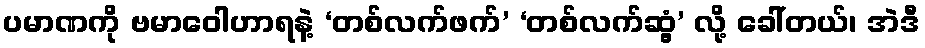
ပမာဏကို ဗမာဝေါဟာရနဲ့ ‘တစ်လက်ဖက်’ ‘တစ်လက်ဆွံ့’ လို့ ခေါ်တယ်၊ အဲဒီ